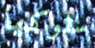
سلوكها